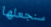
سنجعلها